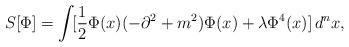
LaTeX: \begin{align*}S[\Phi]=\int\![\frac{1}{2}\Phi(x)(-\partial^2+m^2)\Phi(x)+\lambda\Phi^{4}(x)]\,d^{n}x,\end{align*}